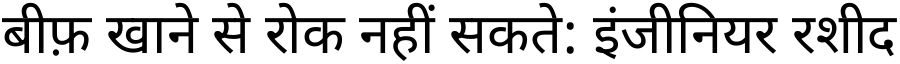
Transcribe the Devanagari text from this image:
बीफ़ खाने से रोक नहीं सकते: इंजीनियर रशीद